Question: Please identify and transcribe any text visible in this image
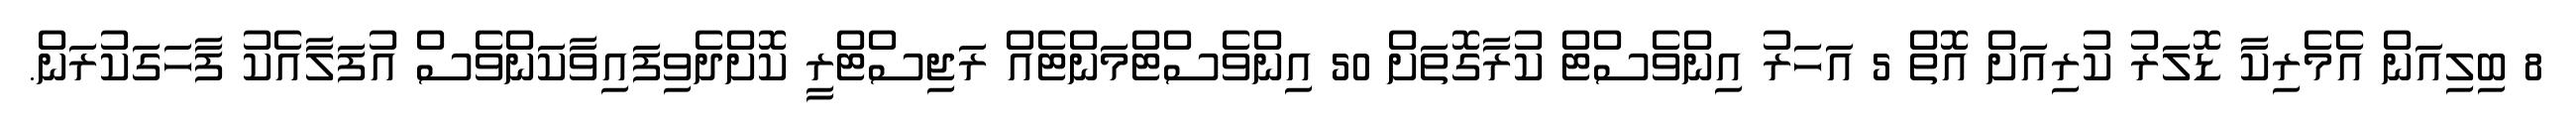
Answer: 8 ބިލިއަން އެމެރިކާ ޑޮލަރު ކުރިއަށް އޮތް 5 އަހަރު އިންވެސްޓް ކުރާގޮތަށް 50 އިންވެސްޓްމަންޓެއް ރަޖިސްޓްރީ ކޮށްދެވިފައިވާކަންވެސް އުފަލާއެކު ފާހަގަކުރަން.